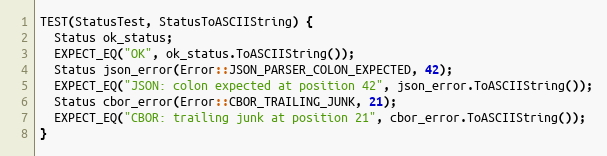
Language: C++
TEST(StatusTest, StatusToASCIIString) {
  Status ok_status;
  EXPECT_EQ("OK", ok_status.ToASCIIString());
  Status json_error(Error::JSON_PARSER_COLON_EXPECTED, 42);
  EXPECT_EQ("JSON: colon expected at position 42", json_error.ToASCIIString());
  Status cbor_error(Error::CBOR_TRAILING_JUNK, 21);
  EXPECT_EQ("CBOR: trailing junk at position 21", cbor_error.ToASCIIString());
}